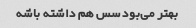
بهتر می‌بود سس هم داشته باشه